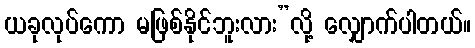
ယခုလုပ်ကော မဖြစ်နိုင်ဘူးလား”လို့ လျှောက်ပါတယ်။